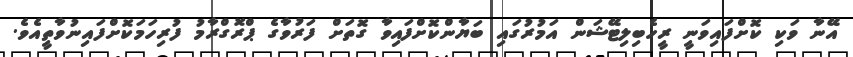
އޭނާ ވަކި ކޮށްފައިވަނީ ރީހެބިލިޓޭޝަން އަމުރުގައި ބަޔާންކޮށްފައިވާ ގޮތަށް ފަރުވާގެ ޕްރޮގްރާމު ފުރިހަމަކޮށްފައިނުވާތީއެވެ.